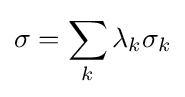
\sigma =\sum _{k}\lambda _{k}\sigma _{k}